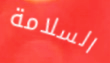
السلامة